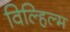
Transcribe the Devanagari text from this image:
विल्हिल्म